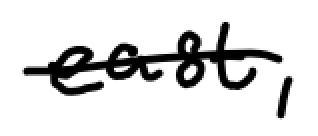
Text: east,
Cross-out: mix
Writing tool: digital_black